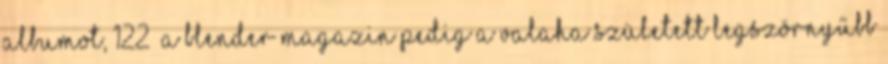
albumot, 122 a Blender magazin pedig a valaha született legszörnyűbb